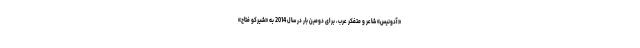
«آدونیس» شاعر و متفکر عرب، برای دومین بار در سال 2014 به «شیرکو فتاح»